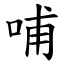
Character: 哺